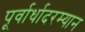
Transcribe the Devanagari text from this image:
पूर्वार्धादरम्यान